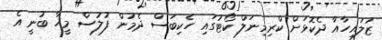
ޒުލައިހާއާ ދެކޮޅަށް ކްރިމިނަލް ކޯޓުގައި ހެކިބަސް ދެމުން ފުލުސް މީހާ ބުނީ އެ